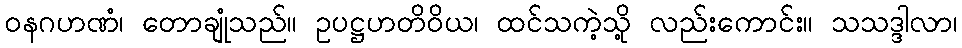
ဝနဂဟဏံ၊ တောချုံသည်။ ဥပဋ္ဌဟတိဝိယ၊ ထင်သကဲ့သို့ လည်းကောင်း။ သသဒ္ဒါလာ၊